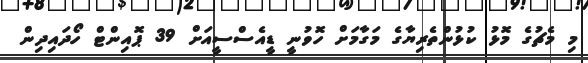
މި މެޗުގެ މޮޅު ކުޅުންތެރިޔާގެ މަގާމަށް ހޮވުނީ ޑީއެސްސީއަށް 39 ޕޮއިންޓް ހޯދައިދިން